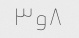
۸و۳